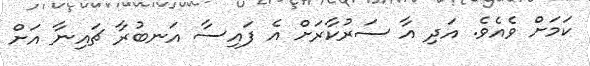
ކަމަށް ވެއެވެ. އަދި އާ ސަރުކާރަށް އެ ފައިސާ އަނބުރާ ޗައިނާ އަށް